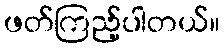
ဖတ်ကြည့်ပါတယ်။